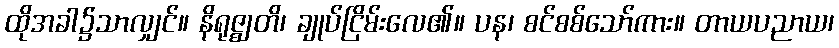
ထိုအခါ၌သာလျှင်။ နိရုဇ္ဈတိ၊ ချုပ်ငြိမ်းလေ၏။ ပန၊ စင်စစ်သော်ကား။ တာယပညာယ၊